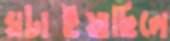
ঘটাইয়াছিলে